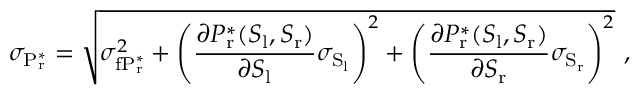
\sigma _ { \mathrm { P _ { r } ^ { * } } } = \sqrt { \sigma _ { \mathrm { f P _ { r } ^ { * } } } ^ { 2 } + \left( \frac { \partial P _ { \mathrm { r } } ^ { * } ( S _ { \mathrm { l } } , S _ { \mathrm { r } } ) } { \partial S _ { \mathrm { l } } } \sigma _ { \mathrm { S _ { l } } } \right) ^ { 2 } + \left( \frac { \partial P _ { \mathrm { r } } ^ { * } ( S _ { \mathrm { l } } , S _ { \mathrm { r } } ) } { \partial S _ { \mathrm { r } } } \sigma _ { \mathrm { S _ { r } } } \right) ^ { 2 } } \ ,